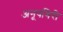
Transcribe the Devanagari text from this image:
अनूपगिरी